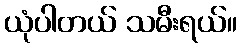
ယုံပါတယ် သမီးရယ်။